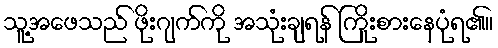
သူ့အဖေသည် ဖိုးဂျက်ကို အသုံးချရန် ကြိုးစားနေပုံရ၏။